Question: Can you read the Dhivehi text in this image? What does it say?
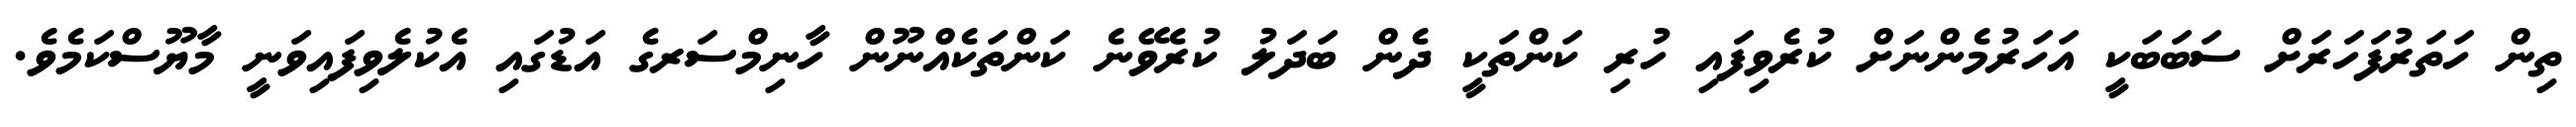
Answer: ތިން ހަތަރުފަހަރަށް ސަބަބަކީ އަހަރުމެންނަށް ކުރެވިފައި ހުރި ކަންތަކީ ދެން ބަދަލު ކުރެވޭނެ ކަންތަކެއްނޫން ހާނިމްސަރގެ އަޑުގައި އެކުލެވިފައިވަނީ މާޔޫސްކަމެވެ.